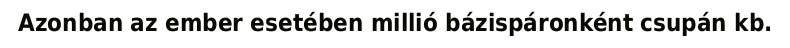
Azonban az ember esetében millió bázispáronként csupán kb.